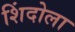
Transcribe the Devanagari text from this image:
शिंदोला